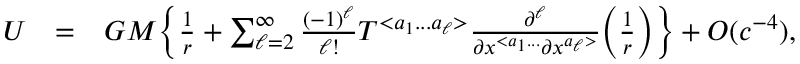
\begin{array} { r l r } { U } & { = } & { G M \Big \{ \frac { 1 } { r } + \sum _ { \ell = 2 } ^ { \infty } \frac { ( - 1 ) ^ { \ell } } { \ell ! } { \cal T } ^ { < a _ { 1 } . . . a _ { \ell } > } \frac { \partial ^ { \ell } } { \partial x ^ { < a _ { 1 } . . . } \partial x ^ { a _ { \ell } > } } \Big ( \frac { 1 } { r } \Big ) \Big \} + { \cal O } ( c ^ { - 4 } ) , } \end{array}